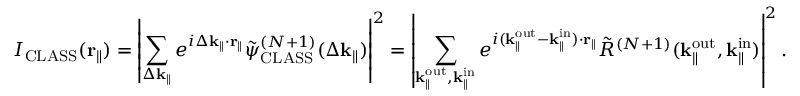
I _ { \mathrm { C L A S S } } ( \mathbf { r } _ { \parallel } ) = \left| \sum _ { \Delta \mathbf { k } _ { \parallel } } e ^ { i \Delta \mathbf { k } _ { \parallel } \cdot \mathbf { r } _ { \parallel } } \Tilde { \psi } _ { \mathrm { C L A S S } } ^ { ( N + 1 ) } ( \Delta \mathbf { k } _ { \parallel } ) \right| ^ { 2 } = \left| \sum _ { \mathbf { k } _ { \parallel } ^ { \mathrm { o u t } } , \mathbf { k } _ { \parallel } ^ { \mathrm { i n } } } e ^ { i ( \mathbf { k } _ { \parallel } ^ { \mathrm { o u t } } - \mathbf { k } _ { \parallel } ^ { \mathrm { i n } } ) \cdot \mathbf { r } _ { \parallel } } \Tilde { R } ^ { ( N + 1 ) } ( { \mathbf { k } _ { \parallel } ^ { \mathrm { o u t } } } , \mathbf { k } _ { \parallel } ^ { \mathrm { i n } } ) \right| ^ { 2 } .